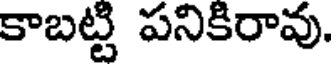
కాబట్టి పనికిరావు.